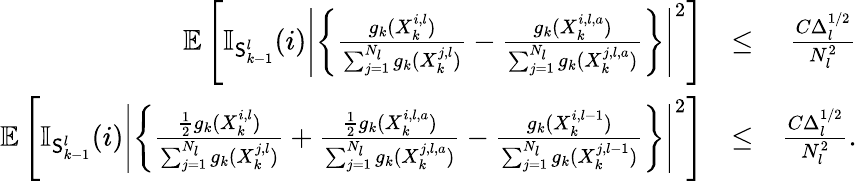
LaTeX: \begin{array}{rlr}{\mathbb{E}\left[\mathbb{I}_{\mathsf{S}_{k-1}^{l}}(i)\left|\left\{ \frac{g_{k}(X_{k}^{i,l})}{\sum_{j=1}^{N_{l}}g_{k}(X_{k}^{j,l})}-\frac{g_{k}(X_{k}^{i,l,a})}{\sum_{j=1}^{N_{l}}g_{k}(X_{k}^{j,l,a})}\right\} \right|^{2}\right]}&{\leq}&{\frac{C\Delta_{l}^{1/2}}{N_{l}^{2}}}\\ {\mathbb{E}\left[\mathbb{I}_{\mathsf{S}_{k-1}^{l}}(i)\left|\left\{ \frac{\frac{1}{2}g_{k}(X_{k}^{i,l})}{\sum_{j=1}^{N_{l}}g_{k}(X_{k}^{j,l})}+\frac{\frac{1}{2}g_{k}(X_{k}^{i,l,a})}{\sum_{j=1}^{N_{l}}g_{k}(X_{k}^{j,l,a})}-\frac{g_{k}(X_{k}^{i,l-1})}{\sum_{j=1}^{N_{l}}g_{k}(X_{k}^{j,l-1})}\right\} \right|^{2}\right]}&{\leq}&{\frac{C\Delta_{l}^{1/2}}{N_{l}^{2}}.}\end{array}